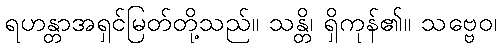
ရဟန္တာအရှင်မြတ်တို့သည်။ သန္တိ၊ ရှိကုန်၏။ သဗ္ဗေဝ၊